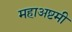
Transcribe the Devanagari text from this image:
महाअष्टमी